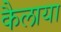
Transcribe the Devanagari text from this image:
कैलाया